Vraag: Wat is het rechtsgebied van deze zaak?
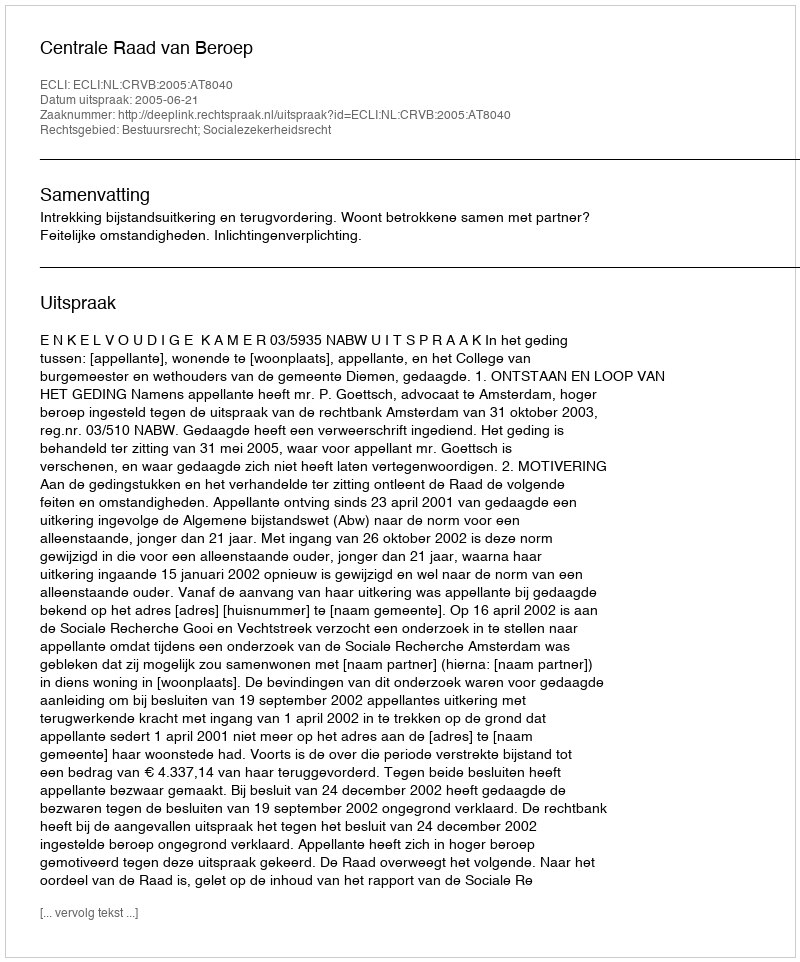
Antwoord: Bestuursrecht; Socialezekerheidsrecht